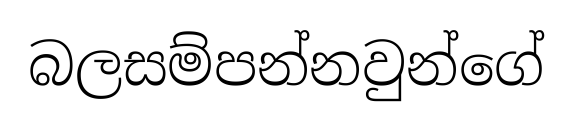
බලසම්පන්නවුන්ගේ